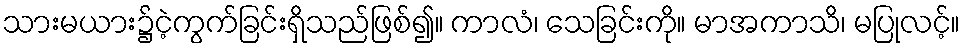
သားမယား၌ငဲ့ကွက်ခြင်းရှိသည်ဖြစ်၍။ ကာလံ၊ သေခြင်းကို။ မာအကာသိ၊ မပြုလင့်။